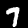
Digit: 7